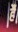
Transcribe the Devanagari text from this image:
र्है